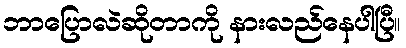
ဘာပြောလဲဆိုတာကို နားလည်နေပါပြီ။